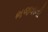
ભજવાની